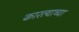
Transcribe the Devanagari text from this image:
कारल्याच्या